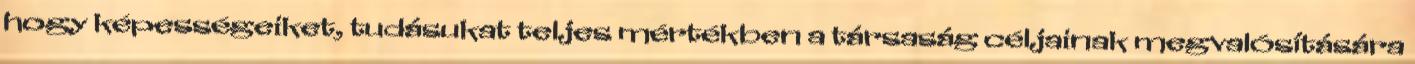
hogy képességeiket, tudásukat teljes mértékben a társaság céljainak megvalósítására